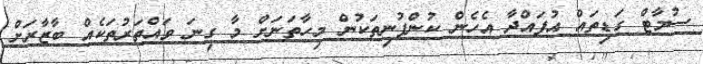
ސުމާޓް ގަޑިތައް އުފައްދާ އެހެން ކުންފުނިތަކުން މިހާތަނަށް މާ ގިނަ ވައްތަރުތަކެއް ބާޒާރަށް